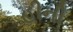
હીની